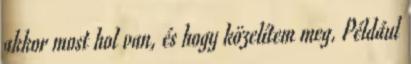
akkor most hol van, és hogy közelítem meg. Például